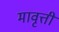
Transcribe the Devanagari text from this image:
मावृत्ती